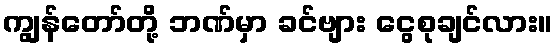
ကျွန်တော်တို့ ဘဏ်မှာ ခင်ဗျား ငွေစုချင်လား။